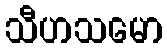
သီဟသမော